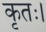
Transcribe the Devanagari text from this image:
कृतः।